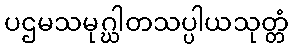
ပဌမသမုဂ္ဃါတသပ္ပါယသုတ္တံ